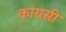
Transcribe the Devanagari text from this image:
कांग्रसी